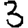
Digit: 3